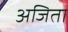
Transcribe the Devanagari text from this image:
अजिता